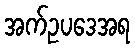
အက်ဥပဒေအရ